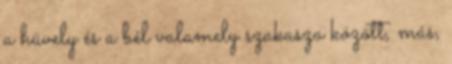
a hüvely és a bél valamely szakasza között, más,